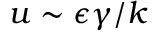
u \sim \epsilon \gamma / k